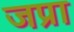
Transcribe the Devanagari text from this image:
जप्रा